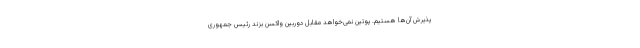
پذیرش آن‌ها هستیم. پوتین نمی‌خواهد مقابل دوربین واکسن بزند رئیس جمهوری